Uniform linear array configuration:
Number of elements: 8
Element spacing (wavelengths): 1
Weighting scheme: binomial
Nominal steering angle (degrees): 15
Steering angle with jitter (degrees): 13.429
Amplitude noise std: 0.05
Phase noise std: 0.05

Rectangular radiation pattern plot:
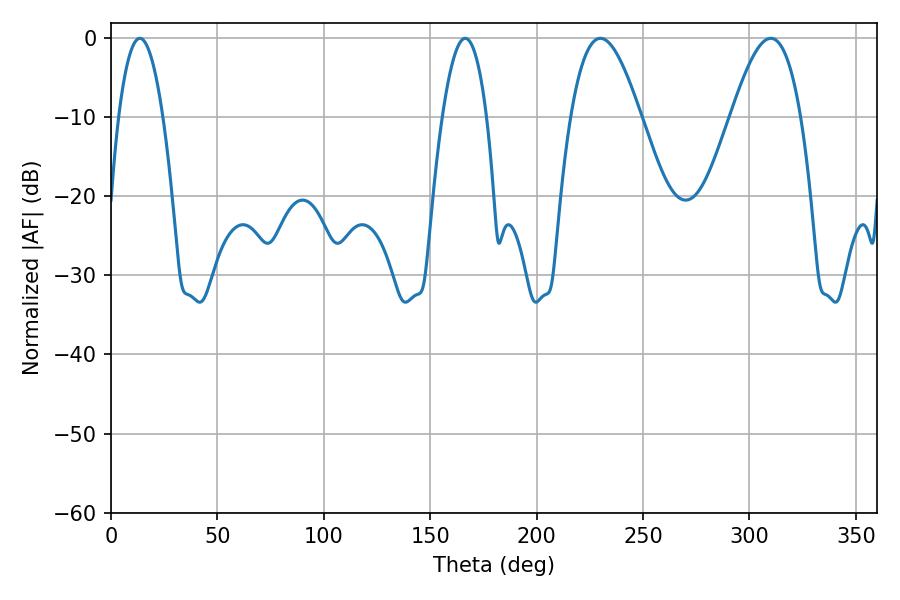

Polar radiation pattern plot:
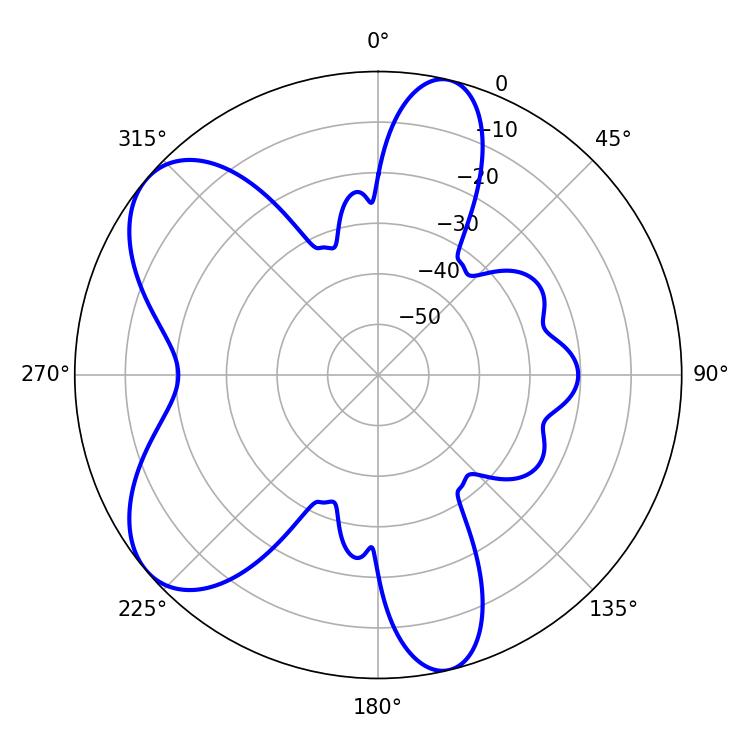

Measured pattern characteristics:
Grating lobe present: TRUE
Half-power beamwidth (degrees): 17.64
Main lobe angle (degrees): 230.04